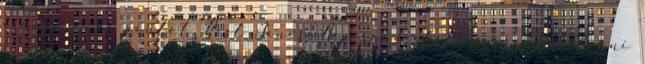
a napirendi pontot. Röst János: Napirend előtt szeretnék kérni